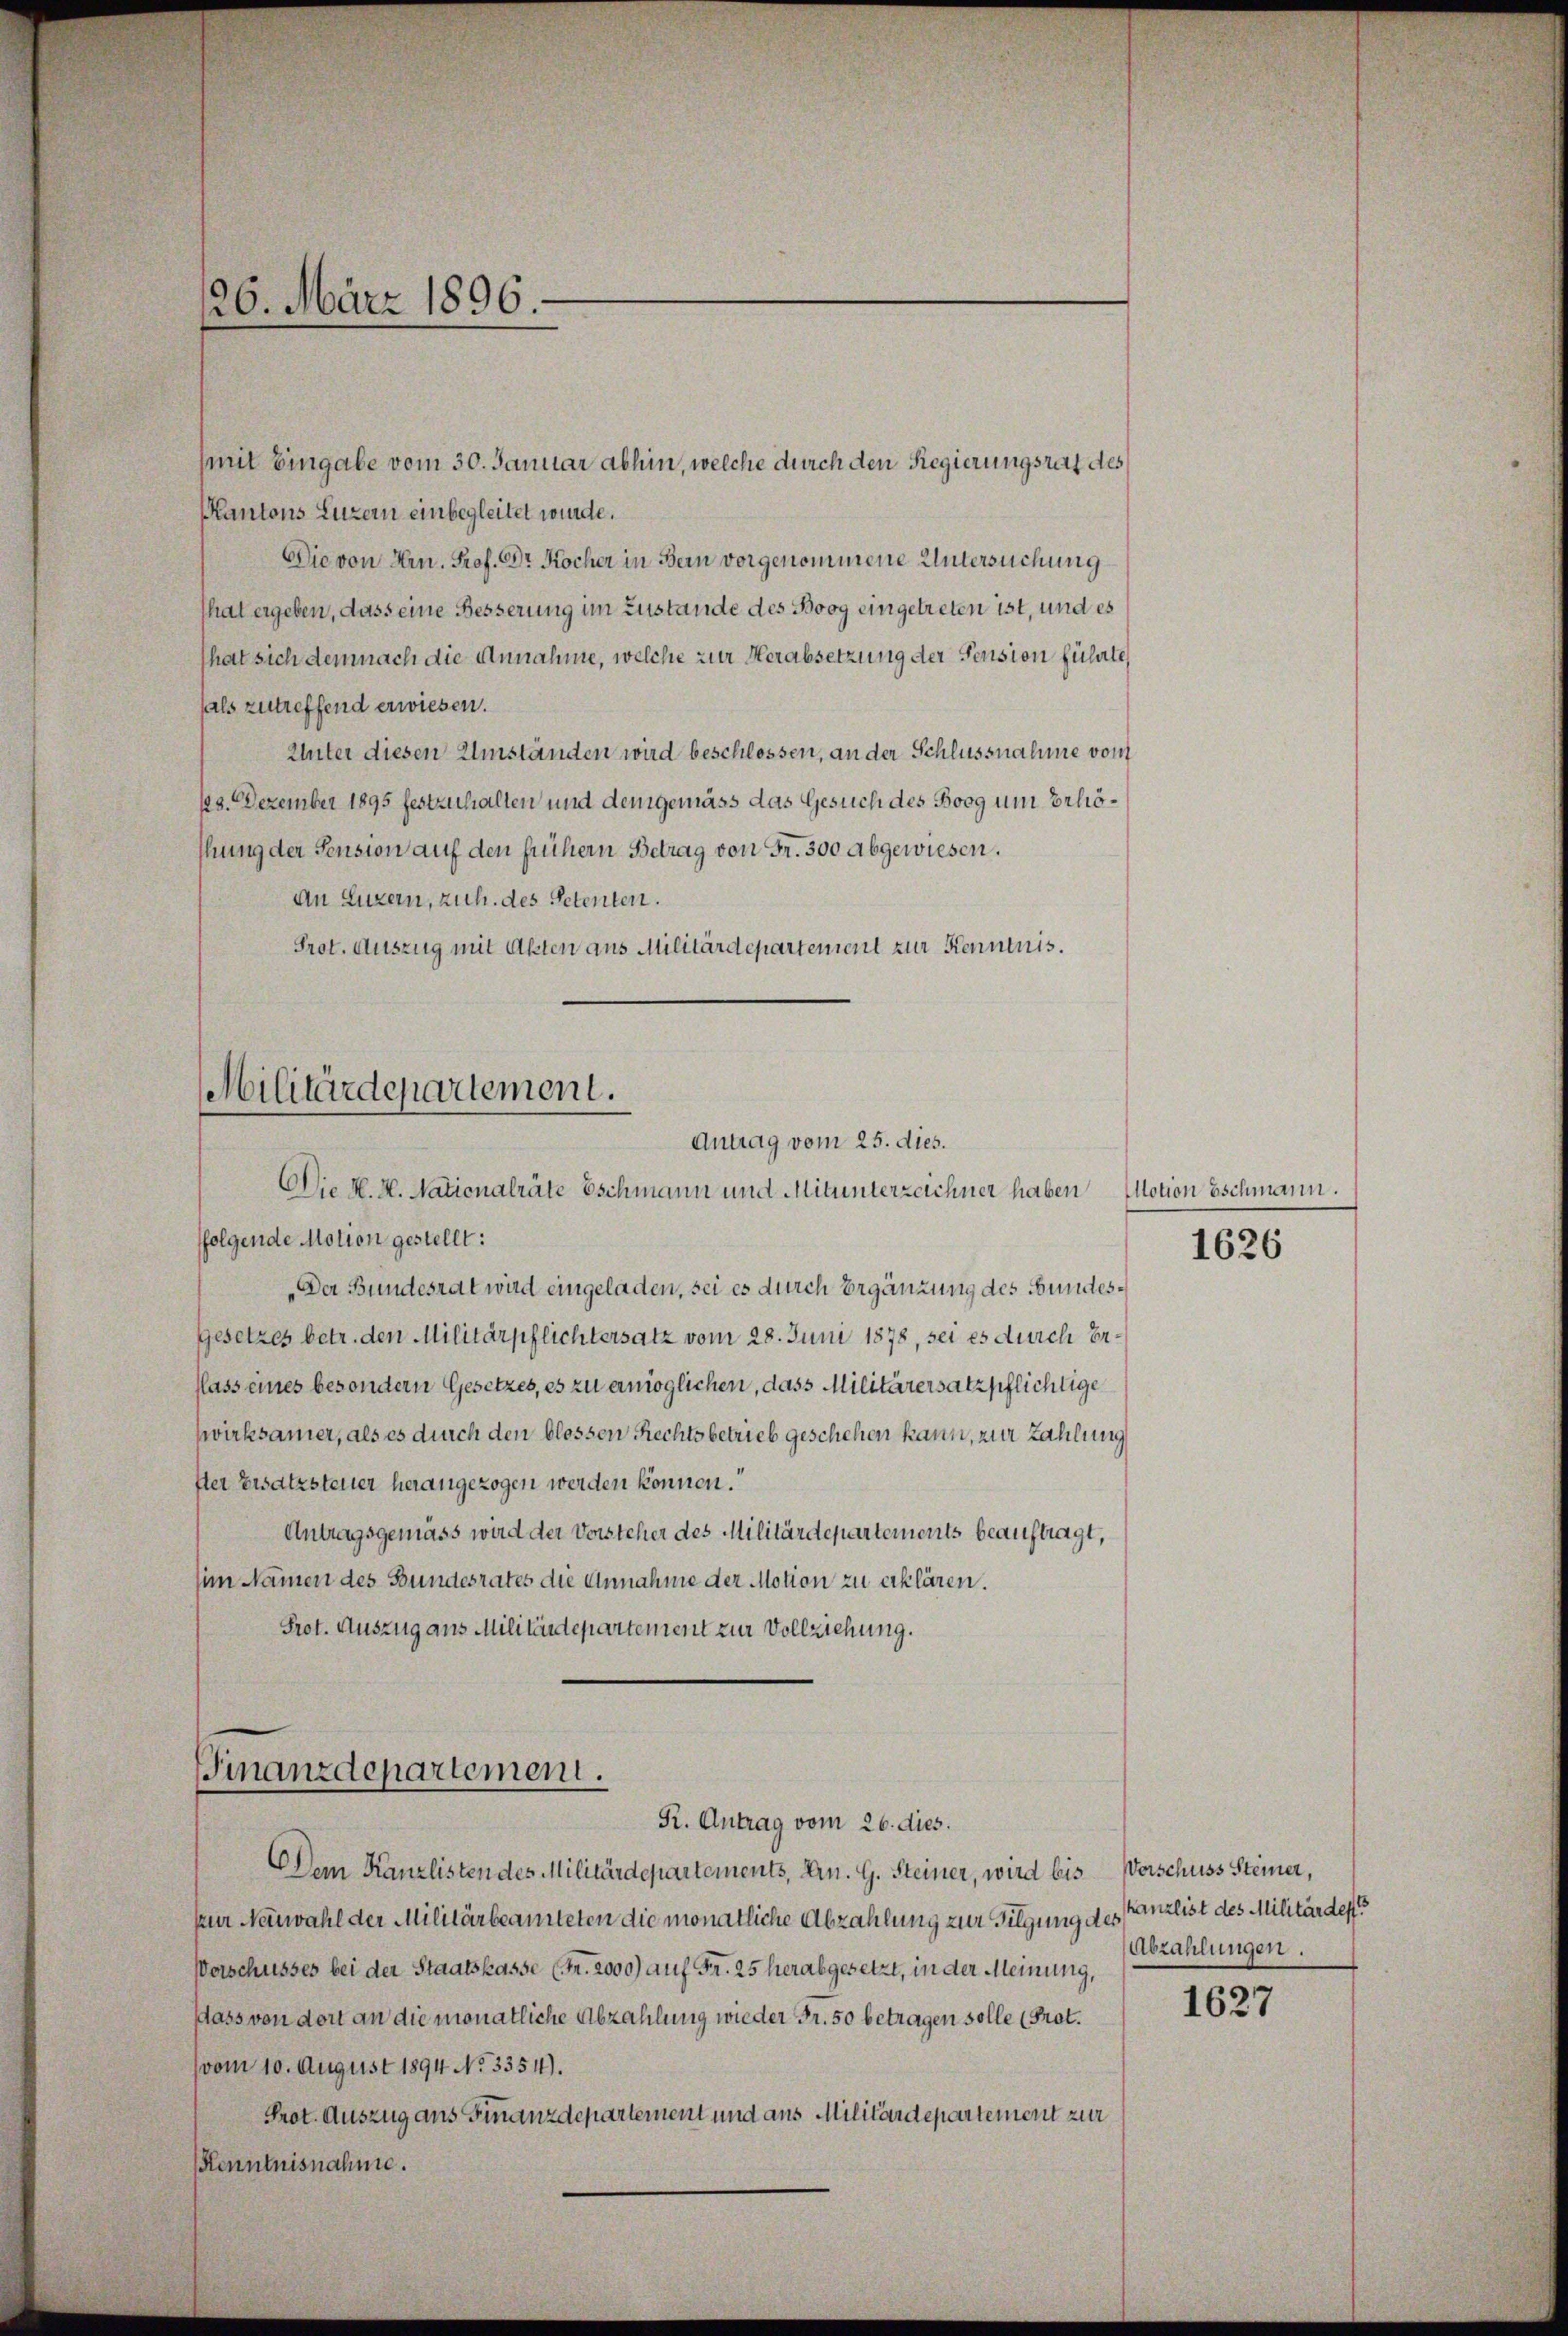
26. März 1896.

KKantons Luzern einbegleitet wurde.
Die von Hrn. Prof. Dr. Kocher in Bern vorgenommene Untersuchung
hat ergeben, dass eine Besserung im Zustande des Boog eingetreten ist, und es
That sich demnach die Annahme, welche zur Herabsetzung der Pension führte,
als zutreffend erwiesen.
Unter diesen Umständen wird beschlossen, an der Schlussnahme vom
63. Dezember 1895 festzuhalten und demgemäss das Gesuch des Boog um Erhöhung der Pension auf den frühern Betrag von Fr. 300 abgewiesen.
An Luzern, zuh. des Petenten.
Prot. Auszug mit Akten aus Militärdepartement zur Kenntnis.
Militärdepartement.
Antrag vom 25. dies.
Die H. H. Nationalräte Eschmann und Mitunterzeichner haben Motion Eschmann.
ffolgende Motion gestellt:
Der Bundesrat wird eingeladen, sei es durch Ergänzung des Bundesgesetzes betr. den Militärpflichtersatz vom 28. Juni 1878, sei es durch beflass eines besondern Gesetzes, es zu ermöglichen, dass Militärersatzpflichtige
wirksamer, als es durch den blossen Rechtsbetrieb geschehen kann, zur Zahlung
ster Ersatzsteuer herangezogen werden können.“
Antragsgemäss wird der Vorsteher des Militärdepartements beauftragt,
sim Namen des Bundesrates die Annahme der Motion zu erklären.
Prot. Auszug aus Militärdepartement zur Vollziehung.

(mit Eingabe vom 30. Januar abhin, welche durch den Regierungsrat des

Finanzdepartement.
R. Antrag vom 26. dies.

DDem Kanzlisten des Militärdepartements, Arn. G. Steiner, wird bis Verschuss Steiner,
zur Neuwahl der Militärbeamteten die monatliche Abzahlung zur Tilgung des Kanzlist des Militärdep
Vorschusses bei der Staatskasse (Fr. 2000) auf Fr. 25 herabgesetzt, in der Meinung,
dass von dort an die monatliche Abzahlung wieder Fr. 50 betragen solle (Prot.
vom 10. August 1894 No 3354).
Prot. Auszug aus Finanzdepartement und aus Militärdepartement zur
Kenntnisnahme.

1626

Abzahlungen.

1627